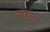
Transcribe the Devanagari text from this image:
साऽऽ